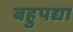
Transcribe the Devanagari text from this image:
बहुपद्या